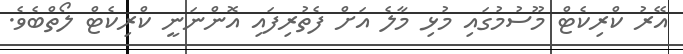
އޭރު ކްރިކެޓް މޫސުމުގައި މުޅި މާލެ އަށް ފެތުރިފައި އޮންނަނީ ކްރިކެޓް ލޯތްބެވެ.